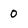
Character: 0